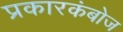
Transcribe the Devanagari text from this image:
प्रकारकंबोज